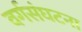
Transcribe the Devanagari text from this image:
वर्गसंघटना